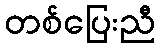
တစ်ပြေးညီ